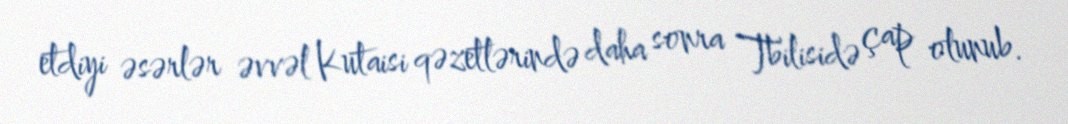
etdiyi əsərlər əvvəl Kutaisi qəzetlərində daha sonra Tbilisidə çap olunub.